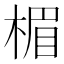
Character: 楣